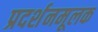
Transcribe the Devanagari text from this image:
प्रदर्शनमूलक